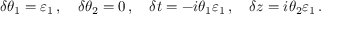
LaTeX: \delta \theta _ { 1 } = \varepsilon _ { 1 } \, , \quad \delta \theta _ { 2 } = 0 \, , \quad \delta t = - i \theta _ { 1 } \varepsilon _ { 1 } \, , \quad \delta z = i \theta _ { 2 } \varepsilon _ { 1 } \, .